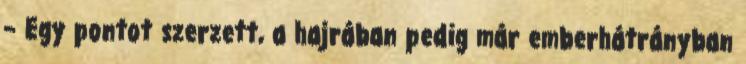
– Egy pontot szerzett, a hajrában pedig már emberhátrányban